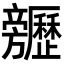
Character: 𣄬